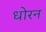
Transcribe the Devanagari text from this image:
धोरन